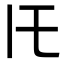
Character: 𪜈